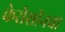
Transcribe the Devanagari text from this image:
केरोसीनचा